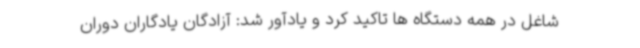
شاغل در همه دستگاه ها تاکید کرد و یادآور شد: آزادگان یادگاران دوران